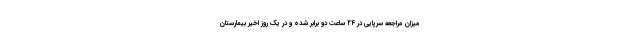
میزان مراجعه سرپایی در ۲۴ ساعت دو برابر شده و در یک روز اخیر بیمارستان